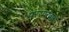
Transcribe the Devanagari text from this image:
परस्परवादी